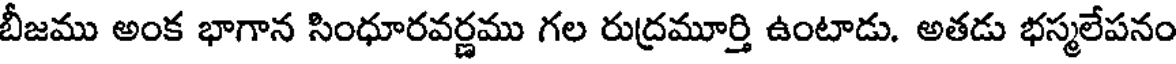
బీజము అంక భాగాన సింధూరవర్ణము గల రుద్రమూర్తి ఉంటాడు. అతడు భస్మలేపనం